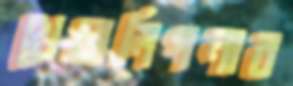
খেয়ালিপনার